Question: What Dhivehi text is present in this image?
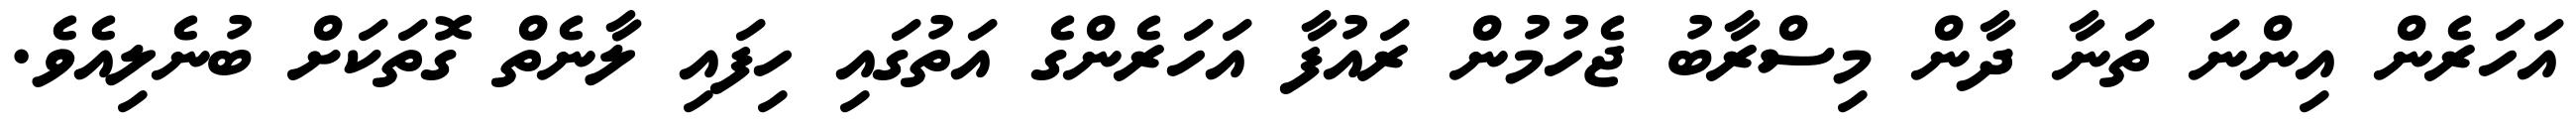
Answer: އަހަރެން އިންނަ ތަނާ ދާން މިސްރާބު ޖެހުމުން ރައުފާ އަހަރެންގެ އަތުގައި ހިފައި ލާނެތް ގޮތަކަށް ބުނެލިއެވެ.